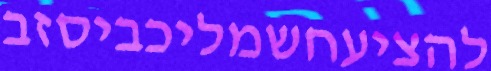
להציעחשמליכביסזב